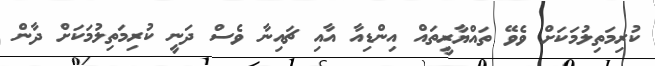
ކުރިމަތިލުމަކަށް ވެވޭ ތައްޔާރީތައް އިންޑިއާ އާއި ޗައިނާ ވެސް ދަނީ ކުރިމަތިލުމަކަށް ދާން